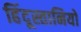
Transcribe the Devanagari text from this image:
हिंदूस्तानियों